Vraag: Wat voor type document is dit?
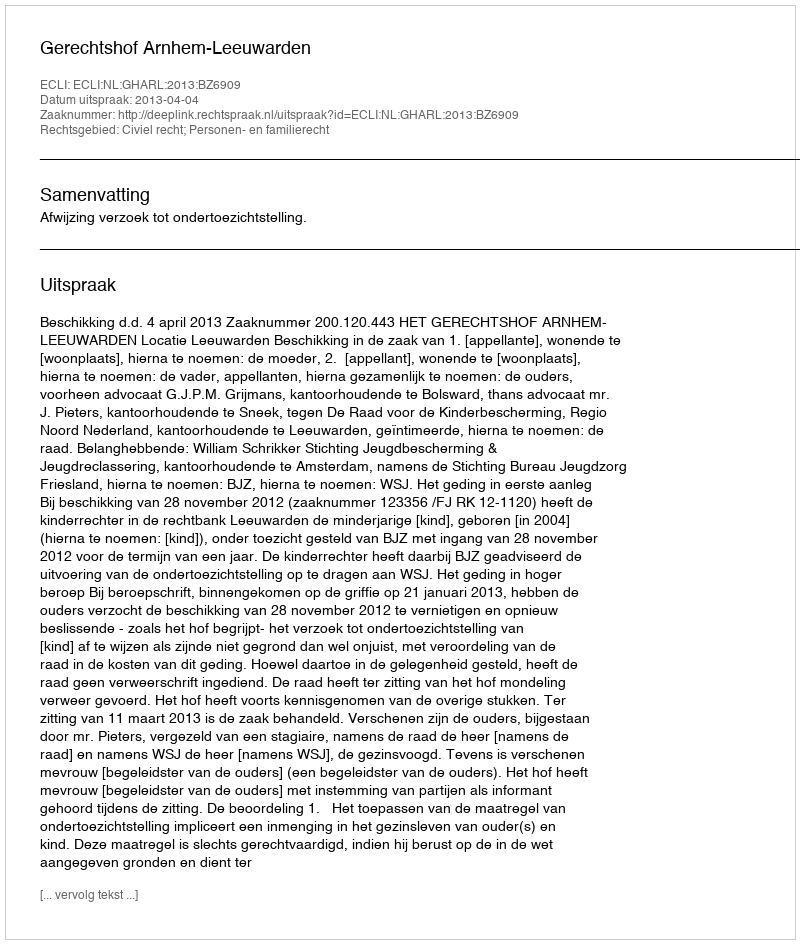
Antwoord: Uitspraak